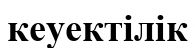
кеуектілік